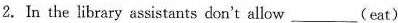
2. In the library assistants don't allow___ (eat)